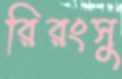
রিরংসু